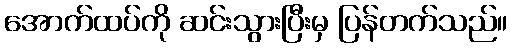
အောက်ထပ်ကို ဆင်းသွားပြီးမှ ပြန်တက်သည်။